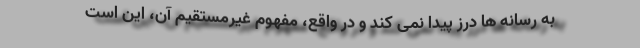
به رسانه ها درز پیدا نمی کند و در واقع، مفهوم غیرمستقیم آن، این است